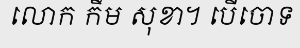
លោក កឹម សុខា។ បើចោទ